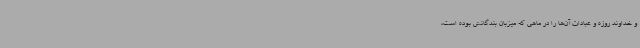
و خداوند روزه و عبادات آن‌ها را در ماهی که میزبان بندگانش بوده است،